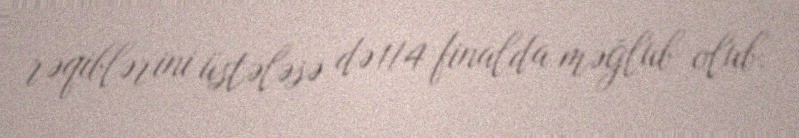
rəqiblərini üstələsə də 1/4 finalda məğlub olub.